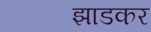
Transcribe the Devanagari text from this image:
झाडकर